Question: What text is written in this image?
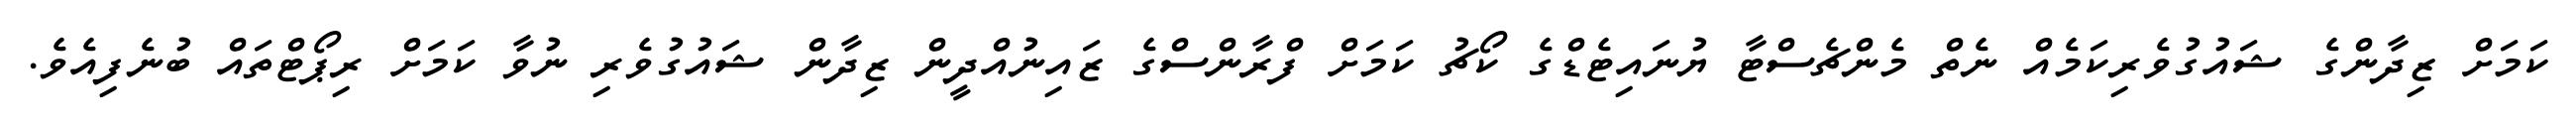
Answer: ކަމަށް ޒިދާންގެ ޝައުގުވެރިކަމެއް ނެތް މެންޗެސްޓާ ޔުނައިޓެޑްގެ ކޯޗު ކަމަށް ފްރާންސްގެ ޒައިނުއްދީން ޒިދާން ޝައުގުވެރި ނުވާ ކަމަށް ރިޕޯޓްތައް ބުނެފިއެވެ.